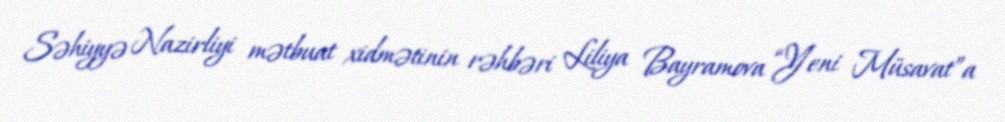
Səhiyyə Nazirliyi mətbuat xidmətinin rəhbəri Liliya Bayramova “Yeni Müsavat”a